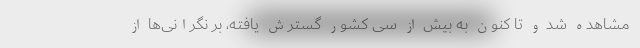
مشاهده شد و تا کنون به بیش از سی کشور گسترش یافته، بر نگرانی‌ها از